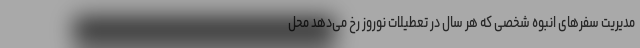
مدیریت سفرهای انبوه شخصی که هر سال در تعطیلات نوروز رخ می‌دهد محل